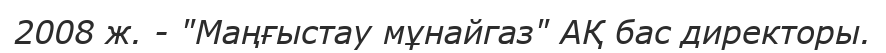
2008 ж. - "Маңғыстау мұнайгаз" АҚ бас директоры.